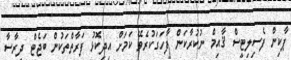
ޕާކިން ފެސިލިޓީސް ޤާއިމް ނުކުރާކަން ފާހަގަކުރެވޭ ކަމަށް އިދިކޮޅު ފަރާތްތަކުން ބަޖެޓް ދިރާސާ